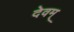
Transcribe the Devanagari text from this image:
देवम्